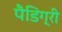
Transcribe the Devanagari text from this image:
पैडिग्री